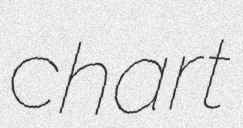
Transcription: chart